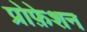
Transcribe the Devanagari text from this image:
प्रोफ़ेशन